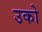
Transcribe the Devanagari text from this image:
उको